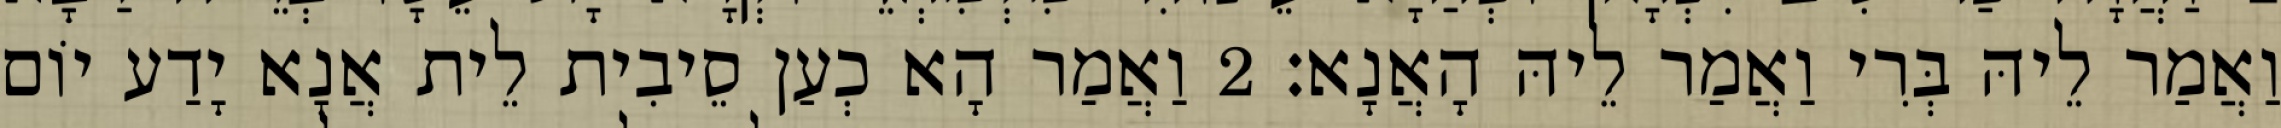
וַאֲמַר לֵיהּ בְּרִי וַאֲמַר לֵיהּ הָאֲנָא׃ 2 וַאֲמַר הָא כְעַן סֵיבִית לֵית אֲנָא יָדַע יוֹם